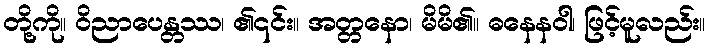
တို့ကို။ ဝိညာပေန္တဿ၊ ၏၎င်း။ အတ္တနော၊ မိမိ၏။ ဓနေနဝါ၊ ဖြင့်မူလည်း။